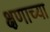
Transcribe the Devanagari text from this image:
क्षणाच्या